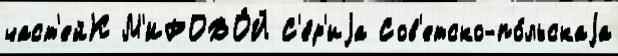
част'ейК М'ИРОВО́Й С'е́р'иjа Сов'етско-по́льскаjа